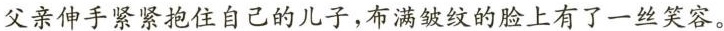
父亲伸手紧紧抱住自己的儿子，布满皱纹的脸上有了一丝笑容。